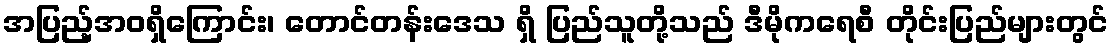
အပြည့်အဝရှိကြောင်း၊ တောင်တန်းဒေသ ရှိ ပြည်သူတို့သည် ဒီမိုကရေစီ တိုင်းပြည်များတွင်